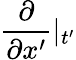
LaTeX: \frac{\partial}{\partial x^{\prime}}|_{t^{\prime}}